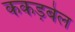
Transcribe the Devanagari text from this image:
ककड़बेल